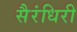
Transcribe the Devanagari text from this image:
सैरंधिरी